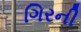
ગિરની